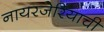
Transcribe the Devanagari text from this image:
नायरजेरियाची